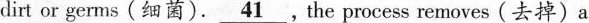
dirt or germs(细菌).\underline{41},the process removes (去掉)a